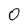
Character: 0